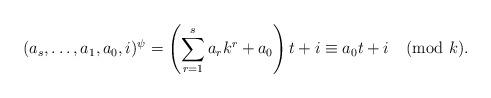
LaTeX: \begin{align*}(a_s,\ldots,a_1,a_0,i)^\psi=\left(\sum\limits_{r=1}^sa_rk^r+a_0\right)t+i\equiv a_0t+i\pmod{k}.\end{align*}